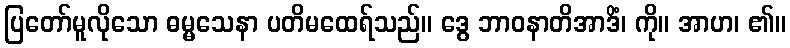
ပြတော်မူလိုသော ဓမ္မသေနာ ပတိမထေရ်သည်။ ဒွေ ဘာဝနာတိအာဒိံ၊ ကို။ အာဟ၊ ၏။